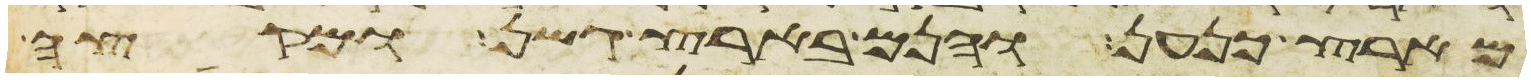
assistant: מארץ כנען והנם בארץ גשן ומקצה